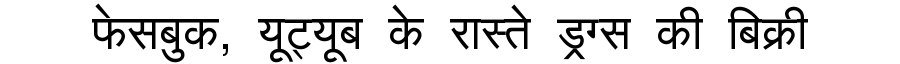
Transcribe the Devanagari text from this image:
फेसबुक, यूट्यूब के रास्ते ड्रग्स की बिक्री